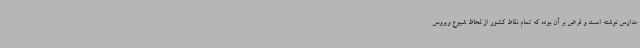
مدارس نوشته است و فرض بر آن بوده که تمام نقاط کشور از لحاظ شیوع ویروس